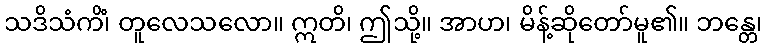
သဒိသံကိံ၊ တူလေသလော။ ဣတိ၊ ဤသို့။ အာဟ၊ မိန့်ဆိုတော်မူ၏။ ဘန္တေ၊